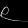
Digit: ၉